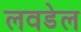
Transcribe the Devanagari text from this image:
लवडेल